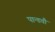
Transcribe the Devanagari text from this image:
पान्डवौ